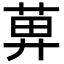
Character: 𦱓